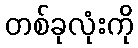
တစ်ခုလုံးကို